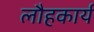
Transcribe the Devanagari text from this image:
लौहकार्य